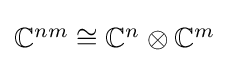
\textstyle \mathbb {C} ^{nm}\cong \mathbb {C} ^{n}\otimes \mathbb {C} ^{m}